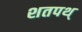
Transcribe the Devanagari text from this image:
शतपथ्